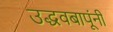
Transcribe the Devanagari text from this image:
उद्धवबापूंनी